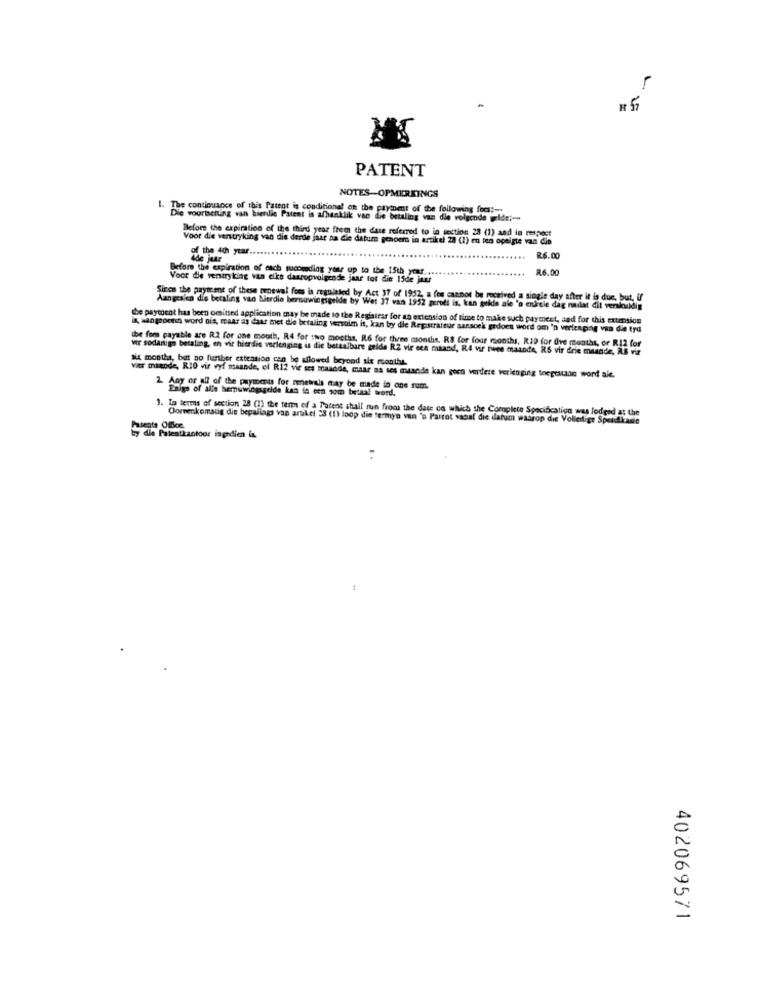
-
* 57
PATENT
NOTES-OPMERKINGS
1. The continuance of this Patent is conditional on the payment of the following focs :-
Die voortsetting van hierdie Patent is afhanklik vac die betaling van die volgende wide ;-
Before the expiration of the third year free the date referred to in section 28 (1) and in respect
Voor die verstryking van die derde jaar na die datum genoem in artikel 23 (1) en len opelgte van die
of the 4th year
4de jaar
....
R6.00
Before the expiration of each sucomding your up to the 15th you.
R6.00
Voor de veniryking van elke daaropvolgende jaar tot die 15de jau
Sinos the payment of these proewal foes is regulated by Act 37 of 1952, a fen cannot be received a single day after it is due, but, if
Aangealen die betaling van bierdie bernuwingsguide by Wet 37 van 1952 perodi is, kan gukle ale 'o entrele dag nadat dit verskuldig
be paycocot has been omitted application may be made to the Registrar for sa extension of time to make such payment, and for this extension
is, mangepeein word ois, maar as daar met de betaling versoien it, kan by die Regarrateur aarscek grdoes word om 'n verlenging van die tyd
the foms payable are R2 for one mooth, R4 for two months, R6 for three months. RS for four months, R19 for dve months, or R12 for
vir sodartigo betaling, en vir hierdie verlenging is die betaalbare gelde R2 vir een maand, R4 vir rece maande, RS vir drie maande, AS vir
& months, but no further extension can be allowed beyond sie months.
vier maande, RIO vir vyf maande, el R12 vie ses saande, maar as ses mtande kan geen verdere verlenging toegrauan word ale.
Any or all of the payments for renewais may be made in one sum
Enige of alle hernuwingsgelde kan in een som betaal word.
To terms of section 28 (1) the term of a Patent shall run from the date ca which the Complete Specification was lodend at the
Doreenkomaug die bepaliags van artikel 28 (1) Ipop die termyo van 'a Parrot vasal die datum waarop die Volledige Spendlt
Patente Office
by die Patentkantoor ingrdien is.
402069571